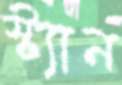
স্ট্যান